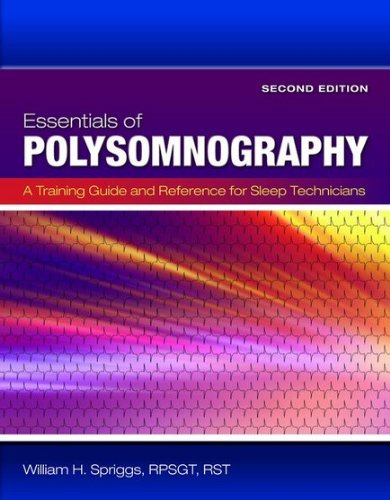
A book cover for Essentials Of Polysomnography: A Training Guide and Reference For Sleep Technicians; William H. Spriggs; Medical Books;